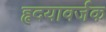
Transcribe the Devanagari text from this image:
हृदयावर्जक